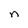
Character: n